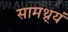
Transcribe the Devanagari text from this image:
सामथ्र्यं